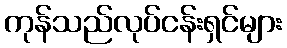
ကုန်သည်လုပ်ငန်းရှင်များ